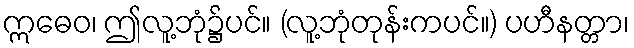
ဣဓေဝ၊ ဤလူ့ဘုံ၌ပင်။ (လူ့ဘုံတုန်းကပင်။) ပဟီနတ္တာ၊